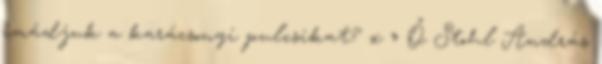
imádjuk a karácsonyi pulcsikat? x » Ő Stohl András